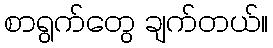
စာရွက်တွေ ချက်တယ်။